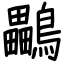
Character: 鸓